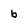
Character: b